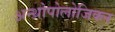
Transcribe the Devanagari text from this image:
अन्थ्रोपोलोजिक्ल